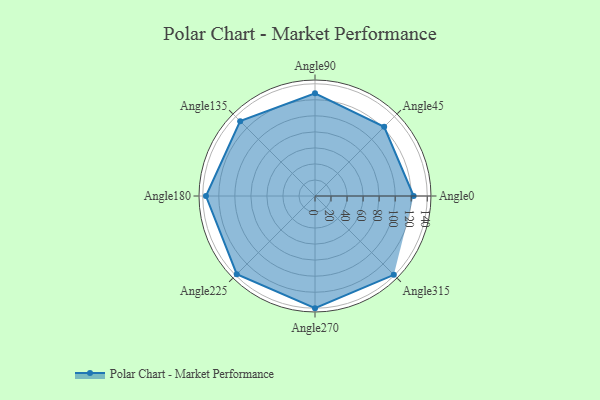
{"axis": {"x": "Angle", "y": "Radius"}, "legend": [""], "data": [{"x": "Angle0", "y": 123.0, "type": ""}, {"x": "Angle45", "y": 122.0, "type": ""}, {"x": "Angle90", "y": 128.0, "type": ""}, {"x": "Angle135", "y": 132.0, "type": ""}, {"x": "Angle180", "y": 136.0, "type": ""}, {"x": "Angle225", "y": 138.0, "type": ""}, {"x": "Angle270", "y": 140.0, "type": ""}, {"x": "Angle315", "y": 139.0, "type": ""}]}